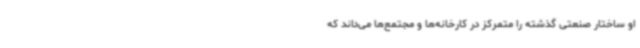
او ساختار صنعتی گذشته را متمرکز در کارخانه‌ها و مجتمع‌ها می‌داند که